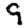
Digit: 9